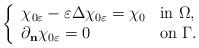
LaTeX: \begin{align*} \left\{ \begin{array}{ll}\chi_{0\varepsilon} - \varepsilon \Delta \chi_{0\varepsilon} = \chi_0& \textrm{in $\Omega$}, \\\partial_{\bf{n}}\chi_{0\varepsilon} = 0& \textrm{on $ \Gamma $.}\end{array}\right.\end{align*}